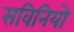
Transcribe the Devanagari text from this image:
सविनियो